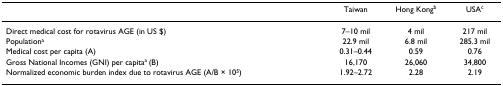
<table><thead><tr><td></td><td><b>Taiwan</b></td><td><b>Hong Kong<sup>b</sup></b></td><td><b>USA<sup>c</sup></b></td></tr></thead><tbody><tr><td>Direct medical cost for rotavirus AGE (in US $)</td><td>7–10 mil</td><td>4 mil</td><td>217 mil</td></tr><tr><td>Population<sup>a</sup></td><td>22.9 mil</td><td>6.8 mil</td><td>285.3 mil</td></tr><tr><td>Medical cost per capita (A)</td><td>0.31–0.44</td><td>0.59</td><td>0.76</td></tr><tr><td>Gross National Incomes (GNI) per capita<sup>a </sup>(B)</td><td>16,170</td><td>26,060</td><td>34,800</td></tr><tr><td>Normalized economic burden index due to rotavirus AGE (A/B × 10<sup>5</sup>)</td><td>1.92–2.72</td><td>2.28</td><td>2.19</td></tr></tbody></table>